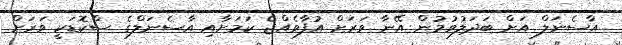
އާސެނަލް އަށް ބަދަލުވުމުން އޭނާ ވަރަށް އުފާވެއްޖެ ކަމަށާއި އާސެނަލްގެ ސްކޮޑަކީ ވަރަށް